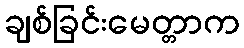
ချစ်ခြင်းမေတ္တာက